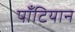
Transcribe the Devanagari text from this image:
पॉँटियान